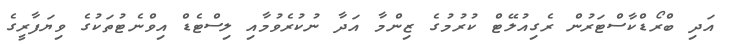
އަދި ބްރޯޑްކާސްޓަރުން ރެގިއުލޭޓް ކުރުމުގެ ޒިންމާ އަދާ ނުކުރެވުމާއި ލިސްޓެޑް އިވްނެޓުތަކުގެ ވިޔަފާރީގެ